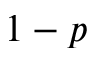
1 - p